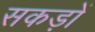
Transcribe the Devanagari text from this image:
सकड़ों